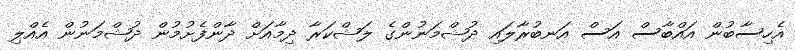
އެހިސާބުން އައްބާސް އަސް އަނބުރާލައި ދުޝްމަނުންގެ ލަޝްކަރާ ދިމާއަށް ދާންފެށުމުން ދުޝްމަނުން އެއްލި